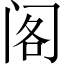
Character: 阁